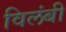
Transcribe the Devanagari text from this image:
विलंबी